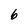
Character: 6